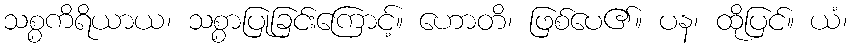
သစ္စကိရိယာယ၊ သစ္စာပြုခြင်းကြောင့်။ ဟောတိ၊ ဖြစ်ပေ၏။ ပန၊ ထိုပြင်။ ယံ၊